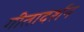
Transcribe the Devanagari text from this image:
गीतादर्शन